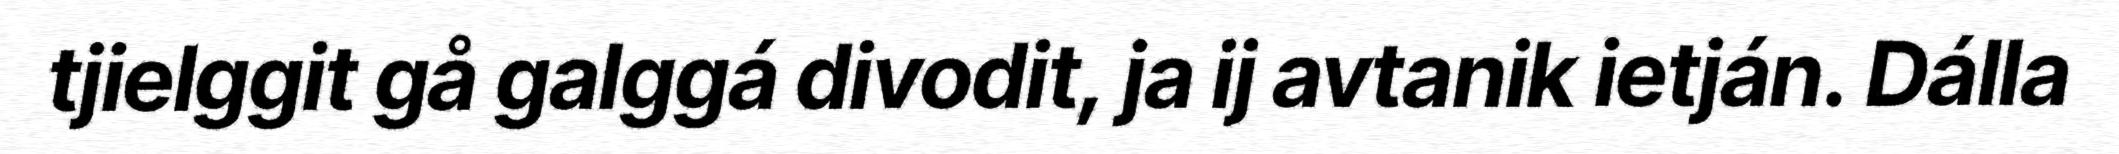
tjielggit gå galggá divodit, ja ij avtanik ietján. Dálla